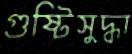
গুষ্টিসুদ্ধা